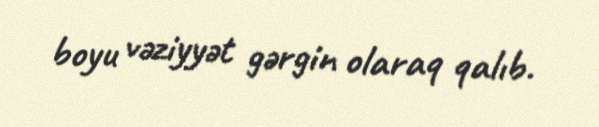
boyu vəziyyət gərgin olaraq qalıb.